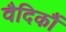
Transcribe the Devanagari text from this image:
वैदिकौं